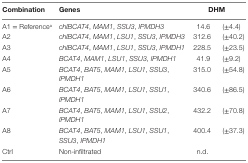
<table><thead><tr><td><b>Combination</b></td><td><b>Genes</b></td><td colspan="2"><b>DHM</b></td></tr></thead><tbody><tr><td>A1 = Reference<sup>a</sup></td><td><i>chlBCAT4</i>, <i>MAM1</i>, <i>SSU3</i>, <i>IPMDH3</i></td><td>14.6</td><td>(±4.4)</td></tr><tr><td>A2</td><td><i>chlBCAT4</i>, <i>MAM1</i>, <i>LSU1</i>, <i>SSU3</i>, <i>IPMDH3</i></td><td>312.6</td><td>(±40.2)</td></tr><tr><td>A3</td><td><i>chlBCAT4</i>, <i>MAM1</i>, <i>LSU1</i>, <i>SSU3</i>, <i>IPMDH1</i></td><td>228.5</td><td>(±23.5)</td></tr><tr><td>A4</td><td><i>BCAT4</i>, <i>MAM1</i>, <i>LSU1</i>, <i>SSU3</i>, <i>IPMDH1</i></td><td>41.9</td><td>(±9.2)</td></tr><tr><td>A5</td><td><i>BCAT4</i>, <i>BAT5</i>, <i>MAM1</i>, <i>LSU1</i>, <i>SSU3</i>, <i>IPMDH1</i></td><td>315.0</td><td>(±54.8)</td></tr><tr><td>A6</td><td><i>BCAT4</i>, <i>BAT5</i>, <i>MAM1</i>, <i>LSU1</i>, <i>SSU1</i>, <i>IPMDH1</i></td><td>340.6</td><td>(±86.5)</td></tr><tr><td>A7</td><td><i>BCAT4</i>, <i>BAT5</i>, <i>MAM1</i>, <i>LSU1</i>, <i>SSU2</i>, <i>IPMDH1</i></td><td>432.2</td><td>(±70.8)</td></tr><tr><td>A8</td><td><i>BCAT4</i>, <i>BAT5</i>, <i>MAM1</i>, <i>LSU1</i>, <i>SSU1</i>, <i>SSU3</i>, <i>IPMDH1</i></td><td>400.4</td><td>(±37.3)</td></tr><tr><td>Ctrl</td><td>Non-infiltrated</td><td>n.d.</td><td></td></tr></tbody></table>